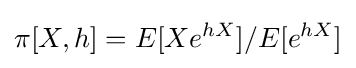
\pi [X,h]=E[Xe^{hX}]/E[e^{hX}]